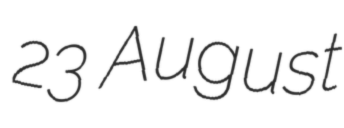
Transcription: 23 August